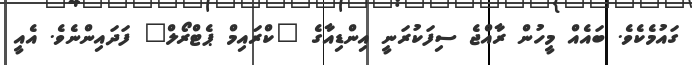
ގައުމެކެވެ. ބައެއް މީހުން ރާއްޖެ ސިފަކުރަނީ އިންޑިއާގެ "ކްރައިމް ޕެޓްރޯލް" ފަދައިންނެވެ. އެއީ